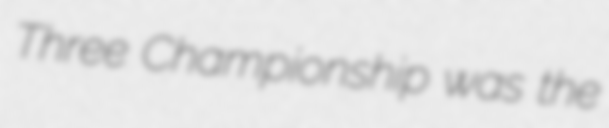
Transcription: Three Championship was the